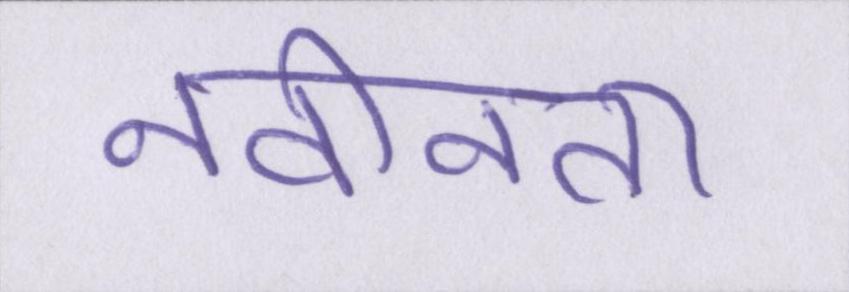
नवीनता